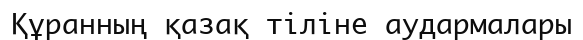
Құранның қазақ тіліне аудармалары